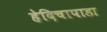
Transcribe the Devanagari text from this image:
हेदिचापाडा